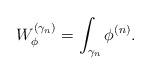
LaTeX: \begin{align*}W^{(\gamma_n)}_\phi = \int_{\gamma_n} \phi^{(n)}.\end{align*}